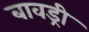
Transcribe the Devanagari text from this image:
बावड्री